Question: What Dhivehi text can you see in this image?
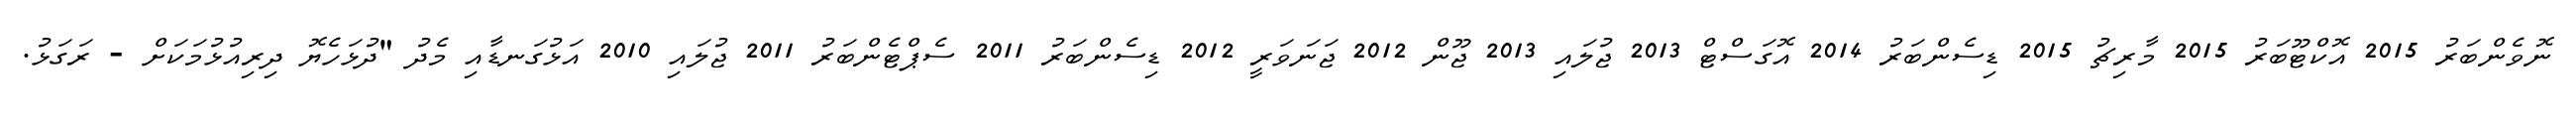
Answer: ނޮވެންބަރު 2015 އޮކްޓޫބަރު 2015 މާރިޗު 2015 ޑިސެންބަރު 2014 އޮގަސްޓް 2013 ޖުލައި 2013 ޖޫން 2012 ޖަނަވަރީ 2012 ޑިސެންބަރު 2011 ސެޕްޓެންބަރު 2011 ޖުލައި 2010 އަޅުގަނޑާއި މެދު "ދުޅަހެޔޮ ދިރިއުޅުމަކަށް - ރަގަޅު.